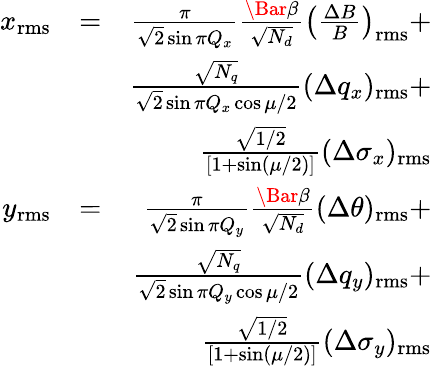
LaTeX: \begin{array}{rlr}{x_{\mathrm{rms}}}&{=}&{\frac{\pi}{\sqrt{2}\sin{\pi Q_{x}}}\frac{\Bar{\beta}}{\sqrt{N_{d}}}\left(\frac{\Delta B}{B}\right)_{\mathrm{rms}}+}\\ &{}&{\frac{\sqrt{N_{q}}}{\sqrt{2}\sin{\pi Q_{x}}\cos{\mu/2}}(\Delta q_{x})_{\mathrm{rms}}+}\\ &{}&{\frac{\sqrt{1/2}}{\left[1+\sin(\mu/2)\right]}(\Delta\sigma_{x})_{\mathrm{rms}}}\\ {y_{\mathrm{rms}}}&{=}&{\frac{\pi}{\sqrt{2}\sin{\pi Q_{y}}}\frac{\Bar{\beta}}{\sqrt{N_{d}}}(\Delta\theta)_{\mathrm{rms}}+}\\ &{}&{\frac{\sqrt{N_{q}}}{\sqrt{2}\sin{\pi Q_{y}}\cos{\mu/2}}(\Delta q_{y})_{\mathrm{rms}}+}\\ &{}&{\frac{\sqrt{1/2}}{\left[1+\sin(\mu/2)\right]}(\Delta\sigma_{y})_{\mathrm{rms}}}\end{array}